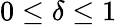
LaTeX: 0\leq\delta\leq 1